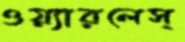
ওয়্যারলেস্